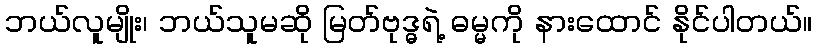
ဘယ်လူမျိုး၊ ဘယ်သူမဆို မြတ်ဗုဒ္ဓရဲ့ ဓမ္မကို နားထောင် နိုင်ပါတယ်။